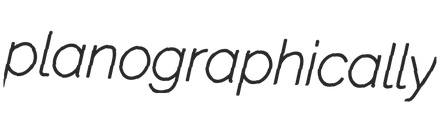
planographically